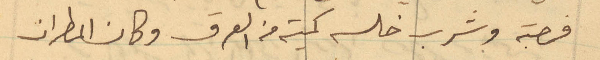
فرصة وشرب خلسة كمية من العرق وكان المطران